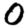
Digit: 0